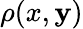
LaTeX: \rho(x,\mathbf{y})